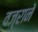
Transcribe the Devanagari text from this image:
वज्राने